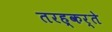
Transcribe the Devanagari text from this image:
तरह्कर्ते